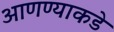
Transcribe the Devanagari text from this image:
आणण्याकडे